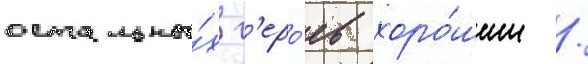
остальны́х г'еро́ев хоро́шим /